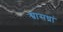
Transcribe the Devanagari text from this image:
श्वासध्रां